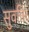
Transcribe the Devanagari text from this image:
सुवनिर